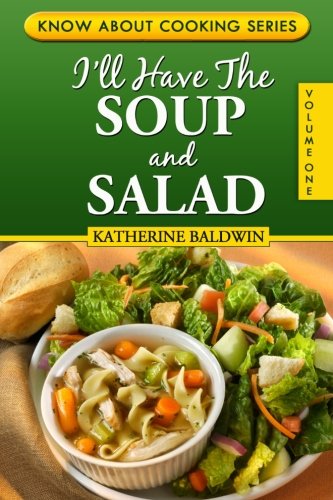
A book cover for I'll Have The Soup And Salad: Know About Cooking Series, Volume I; Katherine Baldwin; Cookbooks, Food & Wine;